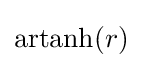
\operatorname {artanh} (r)